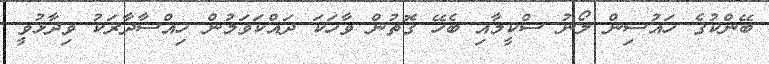
ބޭންކުގެ ހައުސިން ލޯނު ސްކީމާއި ބެހޭ ގޮތުން ވާހަކަ ދައްކަވަމުން ހިއްސާދާރަކު ވިދާޅުވީ